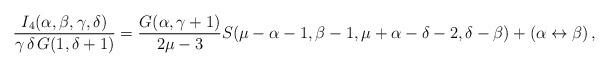
\begin{align*}\frac{I_4(\alpha,\beta,\gamma,\delta)}{\gamma\,\delta\, G(1,\delta+1)}=\frac{G(\alpha,\gamma+1)}{2\mu-3}S(\mu-\alpha-1,\beta-1,\mu+\alpha-\delta-2,\delta-\beta)+(\alpha\leftrightarrow\beta)\,,\end{align*}